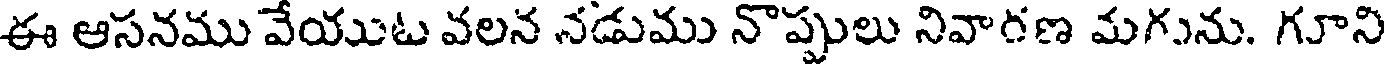
ఈ ఆసనము వేయుట వలన నడుము నొప్పులు నివారణ మగును. గూని